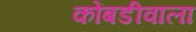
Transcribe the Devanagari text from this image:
कोंबडीवाला